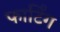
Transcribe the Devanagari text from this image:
फार्टिंग